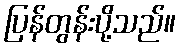
ပြန်တွန်းပို့သည်။